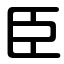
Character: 臣